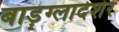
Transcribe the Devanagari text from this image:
बाड़्ग्लादेशेर